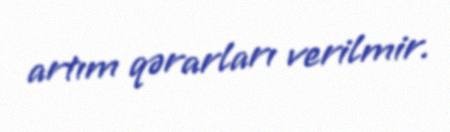
artım qərarları verilmir.